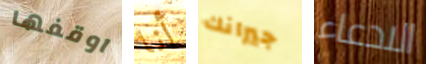
اوقفها أنا جيرانك الادعاء